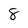
Character: 8